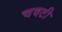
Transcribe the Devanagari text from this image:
चवटी